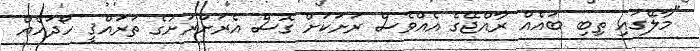
"މާލޭގައި ތިބި ބައެއް ރާއްޖޭގެ އެއްވެސް ރަށަކަށް ގޮސް އެރަށްރަށުގެ ތަރައްޤީ ހޯދައެއް